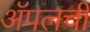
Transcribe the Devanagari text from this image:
अॅपलची